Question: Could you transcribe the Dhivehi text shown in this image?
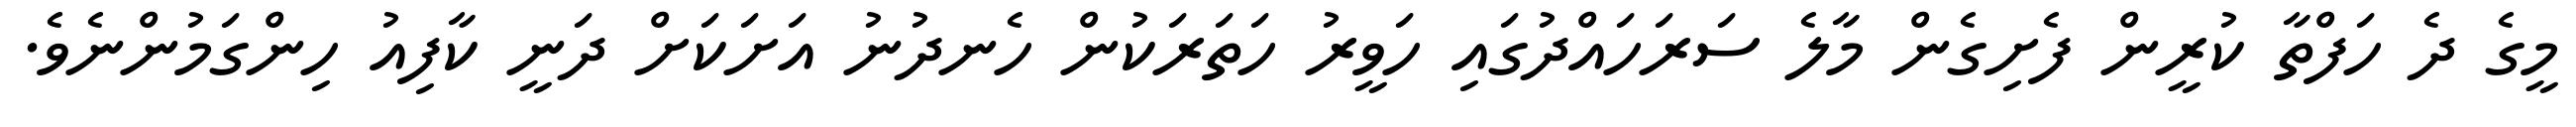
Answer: މީގެ ދެ ހަފްތާ ކުރީން ފެށިގެން މާލެ ސަރަހައްދުގައި ހަވީރު ހަތަރަކުން ހެނދުނު އަށަކަށް ދަނީ ކާފިއު ހިންގަމުންނެވެ.